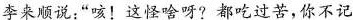
李来顺说:“咳!这怪啥呀?都吃过苦，你不记